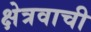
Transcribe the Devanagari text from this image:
क्षेत्रवाची